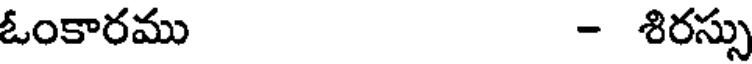
ఓంకారము - శిరస్సు